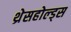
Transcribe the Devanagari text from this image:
थ्रेसहोल्ड्स